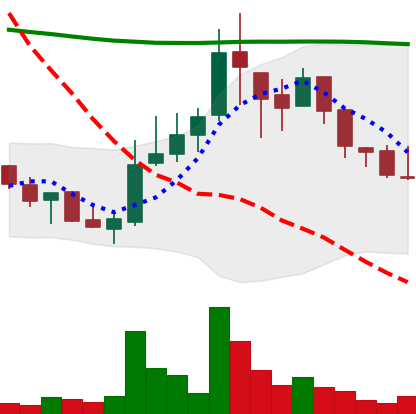
Ticker: LINK-USD
Chart end date: 2018-08-07
Forward return: 21.197%
Label: up_7plus